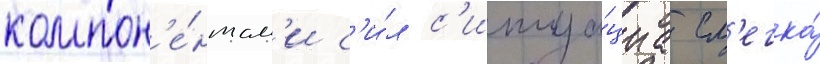
компон'е́нтам'и с'и́л с'итуа́циа сл'егка́